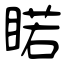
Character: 睰